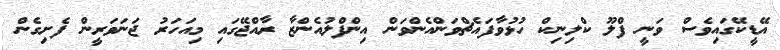
އޭޑީކޭގައިވެސް ވަނީ ފްލޫ ކްލިނިކް ހުޅުވާފައެޗްވަންއެންވަން އިންފްލުއެންޒާ ރާއްޖޭގައި މިއަހަރު ޖަނަވަރީން ފެށިގެން